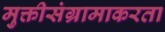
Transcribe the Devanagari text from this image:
मुक्तीसंग्रामाकरता